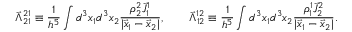
\vec { \Lambda } _ { 2 1 } ^ { 2 1 } \equiv \frac { 1 } { h ^ { 5 } } \int d ^ { 3 } x _ { 1 } d ^ { 3 } x _ { 2 } \frac { \rho _ { 2 } ^ { 2 } \vec { J } _ { 1 } ^ { 1 } } { | \vec { x } _ { 1 } - \vec { x } _ { 2 } | } , \qquad \vec { \Lambda } _ { 1 2 } ^ { 1 2 } \equiv \frac { 1 } { h ^ { 5 } } \int d ^ { 3 } x _ { 1 } d ^ { 3 } x _ { 2 } \frac { \rho _ { 1 } ^ { 1 } \vec { J } _ { 2 } ^ { 2 } } { | \vec { x } _ { 1 } - \vec { x } _ { 2 } | } .